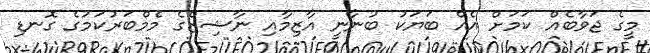
މީގެ ޖަވާބެއް ކަމަށް އެއް ބަޔަކު ބުނާނީ އާޒިމާއި ނާޝިޒްގެ މެމްބަރުކަމުގެ ގޮނޑި